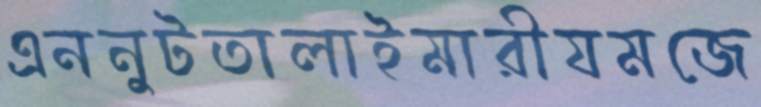
এননুটতালাইমারীযমজে